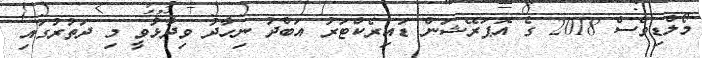
މޯލްޑިވްސް 2018 ގެ އޮޕަރޭޝަން ޑައިރެކްޓަރު އަބްދު ނިހާދު ވިދާޅުވީ މި ދަތުރުގައި